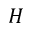
H